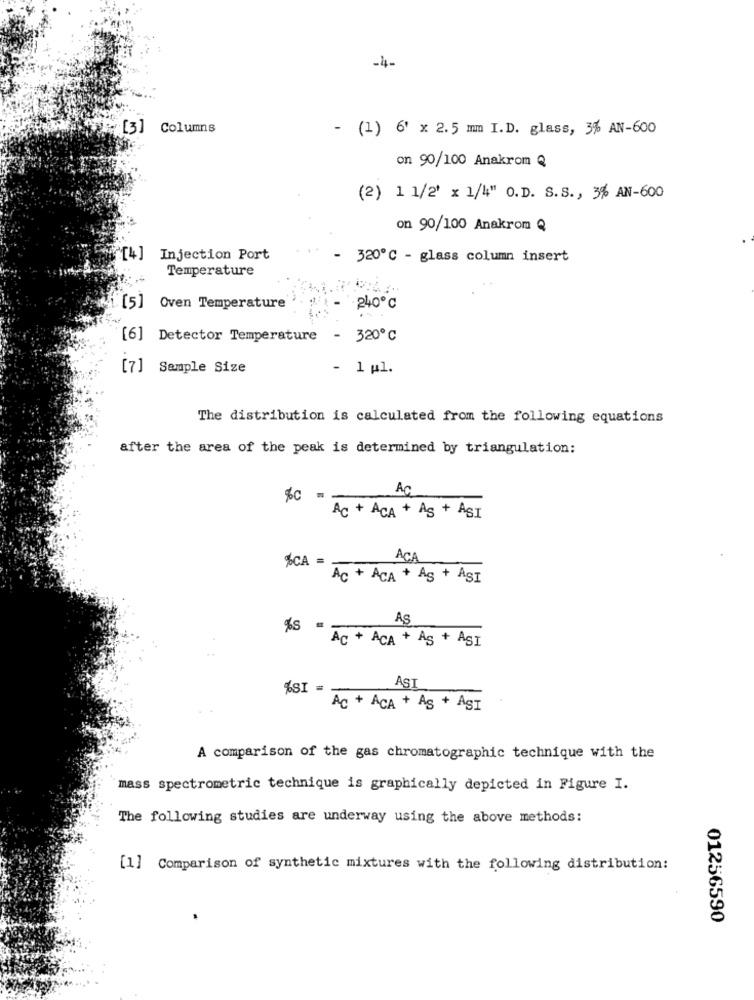
-4-
[3] Columns
- (1) 6' x 2.5 mm I.D. glass, 3% AN-600
on 90/100 Anakrom Q
(2) 1 1/2' x 1/4" O.D. S.S ., 3% AN-600
on 90/100 Anakrom Q
"[4] Injection Port
- 320℃ - glass column insert
Temperature
[5] Oven Temperature
- 240℃
[6] Detector Temperature - 320℃
[7]
Sample Size
- 1 pl.
The distribution is calculated from the following equations
after the area of the peak is determined by triangulation:
Ac
%C =
AC + ACA + AS + ASI
ACA
%CA =
AC + ACA + As + ASI
AS
%s " Ac + ACA + As + ASI
%SI -
AST
Ac + ACA + As + AST
A comparison of the gas chromatographic technique with the
mass spectrometric technique is graphically depicted in Figure I.
The following studies are underway using the above methods:
[1] Comparison of synthetic mixtures with the following distribution:
01256590